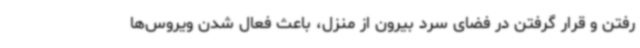
رفتن و قرار گرفتن در فضای سرد بیرون از منزل، باعث فعال شدن ویروس‌ها